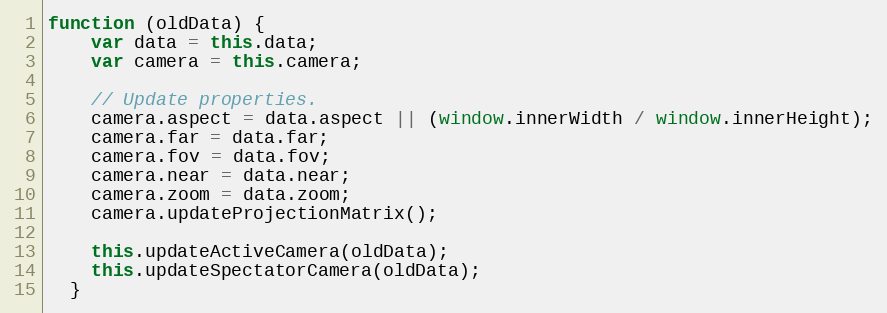
Language: JavaScript
function (oldData) {
    var data = this.data;
    var camera = this.camera;

    // Update properties.
    camera.aspect = data.aspect || (window.innerWidth / window.innerHeight);
    camera.far = data.far;
    camera.fov = data.fov;
    camera.near = data.near;
    camera.zoom = data.zoom;
    camera.updateProjectionMatrix();

    this.updateActiveCamera(oldData);
    this.updateSpectatorCamera(oldData);
  }